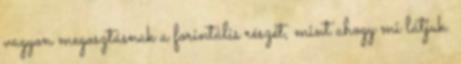
vagyon megosztásnak a forintális részét, mint ahogy mi látjuk.